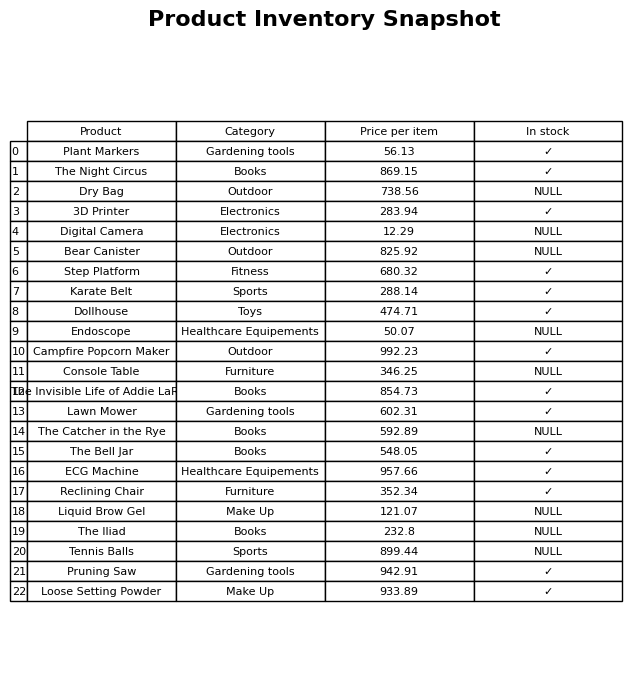
question: What is the stock status of the Reclining Chair?
answer: ✓